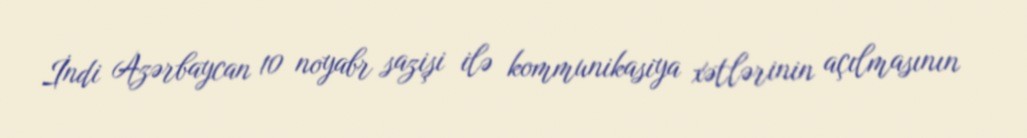
İndi Azərbaycan 10 noyabr sazişi ilə kommunikasiya xətlərinin açılmasının